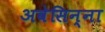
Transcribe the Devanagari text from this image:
अवेसिन्ना